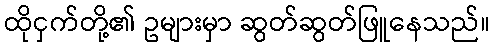
ထိုငှက်တို့၏ ဥများမှာ ဆွတ်ဆွတ်ဖြူနေသည်။